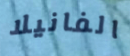
الفانيلا